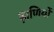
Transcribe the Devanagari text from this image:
ढ़ाणियों